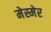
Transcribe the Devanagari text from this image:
मेस्मेर